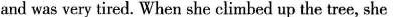
and was very tired. When she climbed up the tree, she